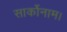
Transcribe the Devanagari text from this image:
सार्कोनाम।